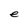
Character: e